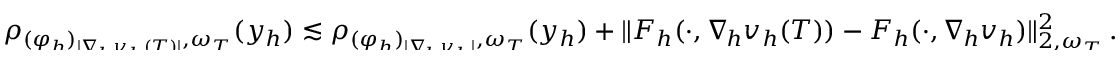
\begin{array} { r } { \smash { \rho _ { ( \varphi _ { h } ) _ { \vert \nabla _ { \! h } v _ { h } ( T ) \vert } , \omega _ { T } } ( y _ { h } ) \lesssim \rho _ { ( \varphi _ { h } ) _ { \vert \nabla _ { \! h } v _ { h } \vert } , \omega _ { T } } ( y _ { h } ) + \| F _ { h } ( \cdot , \nabla _ { \! h } v _ { h } ( T ) ) - F _ { h } ( \cdot , \nabla _ { \! h } v _ { h } ) \| _ { 2 , \omega _ { T } } ^ { 2 } \, . } } \end{array}